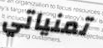
تمنياتي